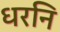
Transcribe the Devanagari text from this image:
धरनि